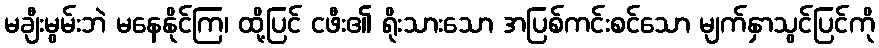
မချီးမွမ်းဘဲ မနေနိုင်ကြ၊ ထို့ပြင် ငဖီး၏ ရိုးသားသော အပြစ်ကင်းစင်သော မျက်နှာသွင်ပြင်ကို